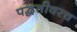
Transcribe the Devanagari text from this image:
पद्धतीवरच